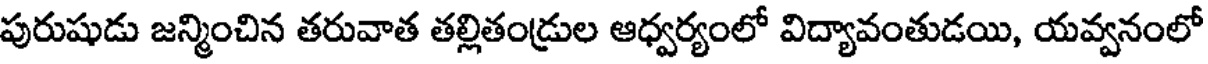
పురుషుడు జన్మించిన తరువాత తల్లితండ్రుల ఆధ్వర్యంలో విద్యావంతుడయి, యవ్వనంలో